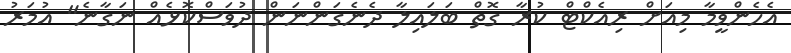
އެހެންވީމާ މިއަށް ރިއެކްޓް ކުރާ ގޮތް ބަލައިލާ ދެނެގަންނަން ދުވަސްކޮޅެއް ނަގާނެ" އުމަރު